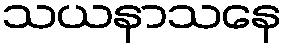
သယနာသနေ